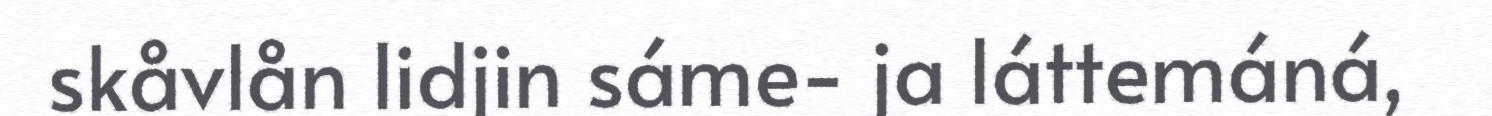
skåvlån lidjin sáme- ja láttemáná,